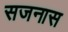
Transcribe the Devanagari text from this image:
सजनास